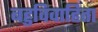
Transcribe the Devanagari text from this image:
बहुविवाहिता